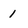
Character: 1